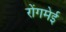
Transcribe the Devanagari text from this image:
रोंगमेई